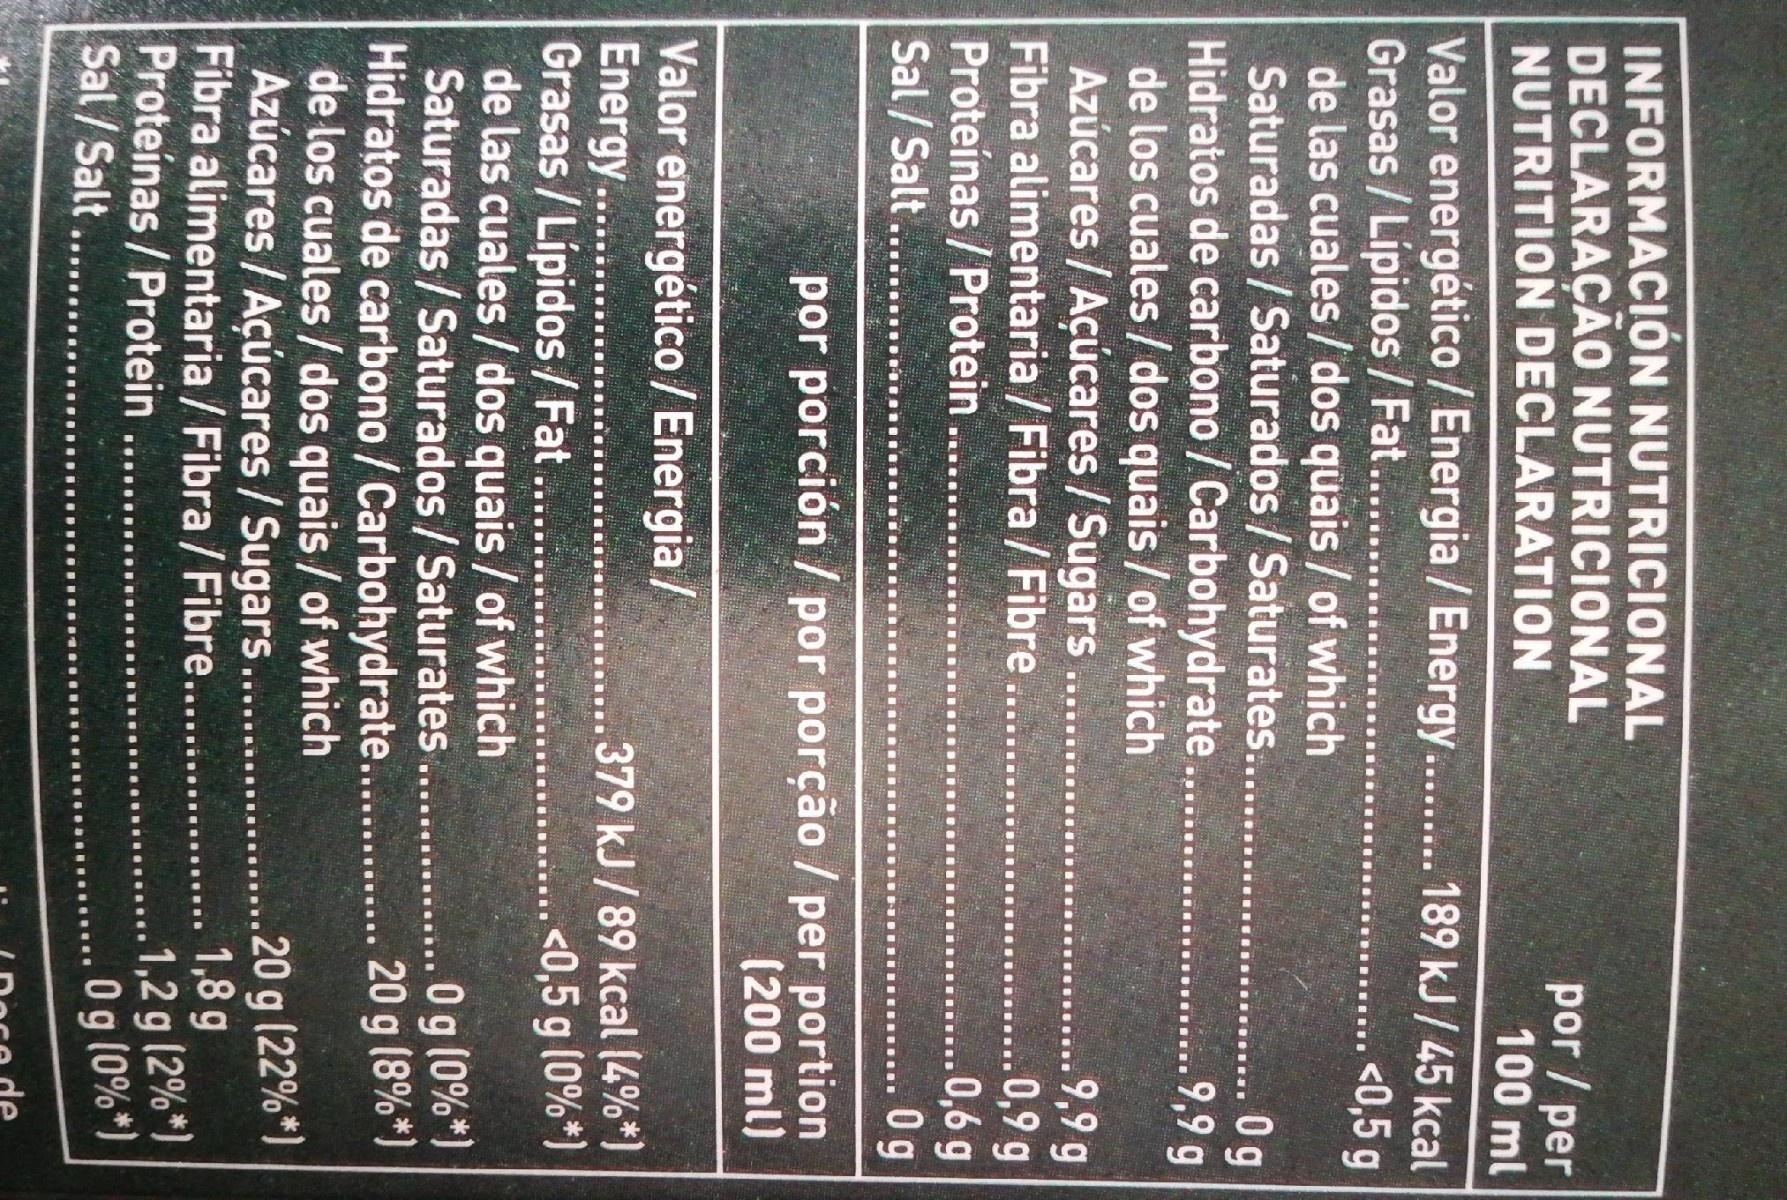
5 66
INFORMACIÓN NUTRICIONAL DECLARAÇÃO NUTRICIONAL NUTRITION DECLARATION
por / per 100 ml
Valor energético / Energia / Energy... 189 kJ / 45 kcal Grasas / Lipidos / Fat.. de las cuales / dos quais / of which Saturadas / Saturados / Saturates.. Hidratos de carbono / Carbohydrate... de los cuales / dos quais / of which Azúcares / Açúcares / Sugars .. Fibra alimentaria / Fibra / Fibre Proteínas / Protein... Sal /Salt....
<0,5 g
0g 9,9 g
9,9 g 0,9 g 0,6g 0g
...
por porción / por porção / per portion (200 ml)
Valor energético /Energia / Energy. . Grasas / Lipidos/Fat. de las cuales / dos quais / of which Saturadas / Saturados / Saturates... Hidratos de carbono / Carbohydrate.. de los cuales / dos quais / of which Azúcares / Açúcares / Sugars.. Fibra alimentaria / Fibra / Fibre... Proteínas / Protein Sal/Salt
379 kJ / 89 kcal (4%*) ... <0,5 g (0%*)
0 g (0%*) 20 g (8%*)
...
.....
20 g (22%*) 1,8 g 1,2 g (2%*) O g (0%*)
......
....